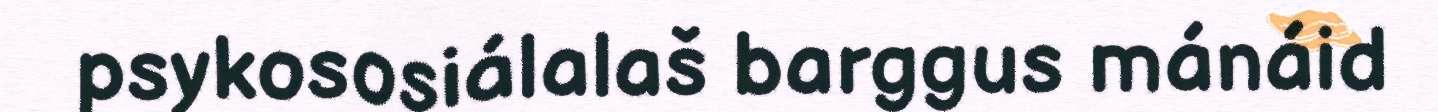
psykososiálalaš barggus mánáid